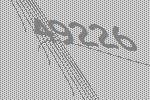
49226